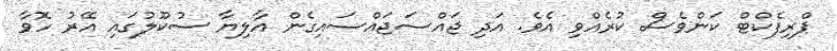
ޕްރިފެކްޓް ކަންވެސް ކުރެއްވި އެވެ. އަދި ޖައްސަޖައްސައިގެން އާލިޔާ ސުކޫލުގައި އޭރު ހޮވާ